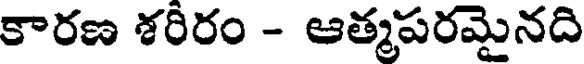
కారణ శరిరం - ఆత్మపరమైనది